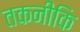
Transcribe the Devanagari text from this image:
तकनीकि